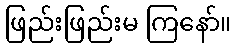
ဖြည်းဖြည်းမ ကြနော်။